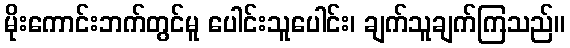
မိုးကောင်းဘက်တွင်မူ ပေါင်းသူပေါင်း၊ ချက်သူချက်ကြသည်။